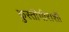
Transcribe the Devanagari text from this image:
कुस्तीगीराशी